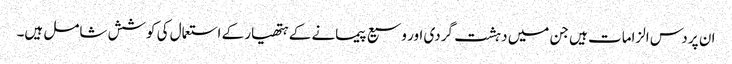
ان پر دس الزامات ہیں جن میں دہشت گردی اور وسیع پیمانے کے ہتھیار کے استعمال کی کوشش شامل ہیں۔